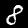
Digit: 8